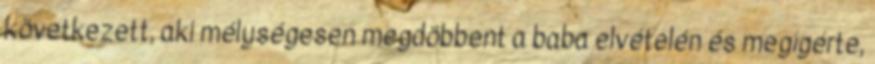
következett, aki mélységesen megdöbbent a baba elvételén és megígérte,